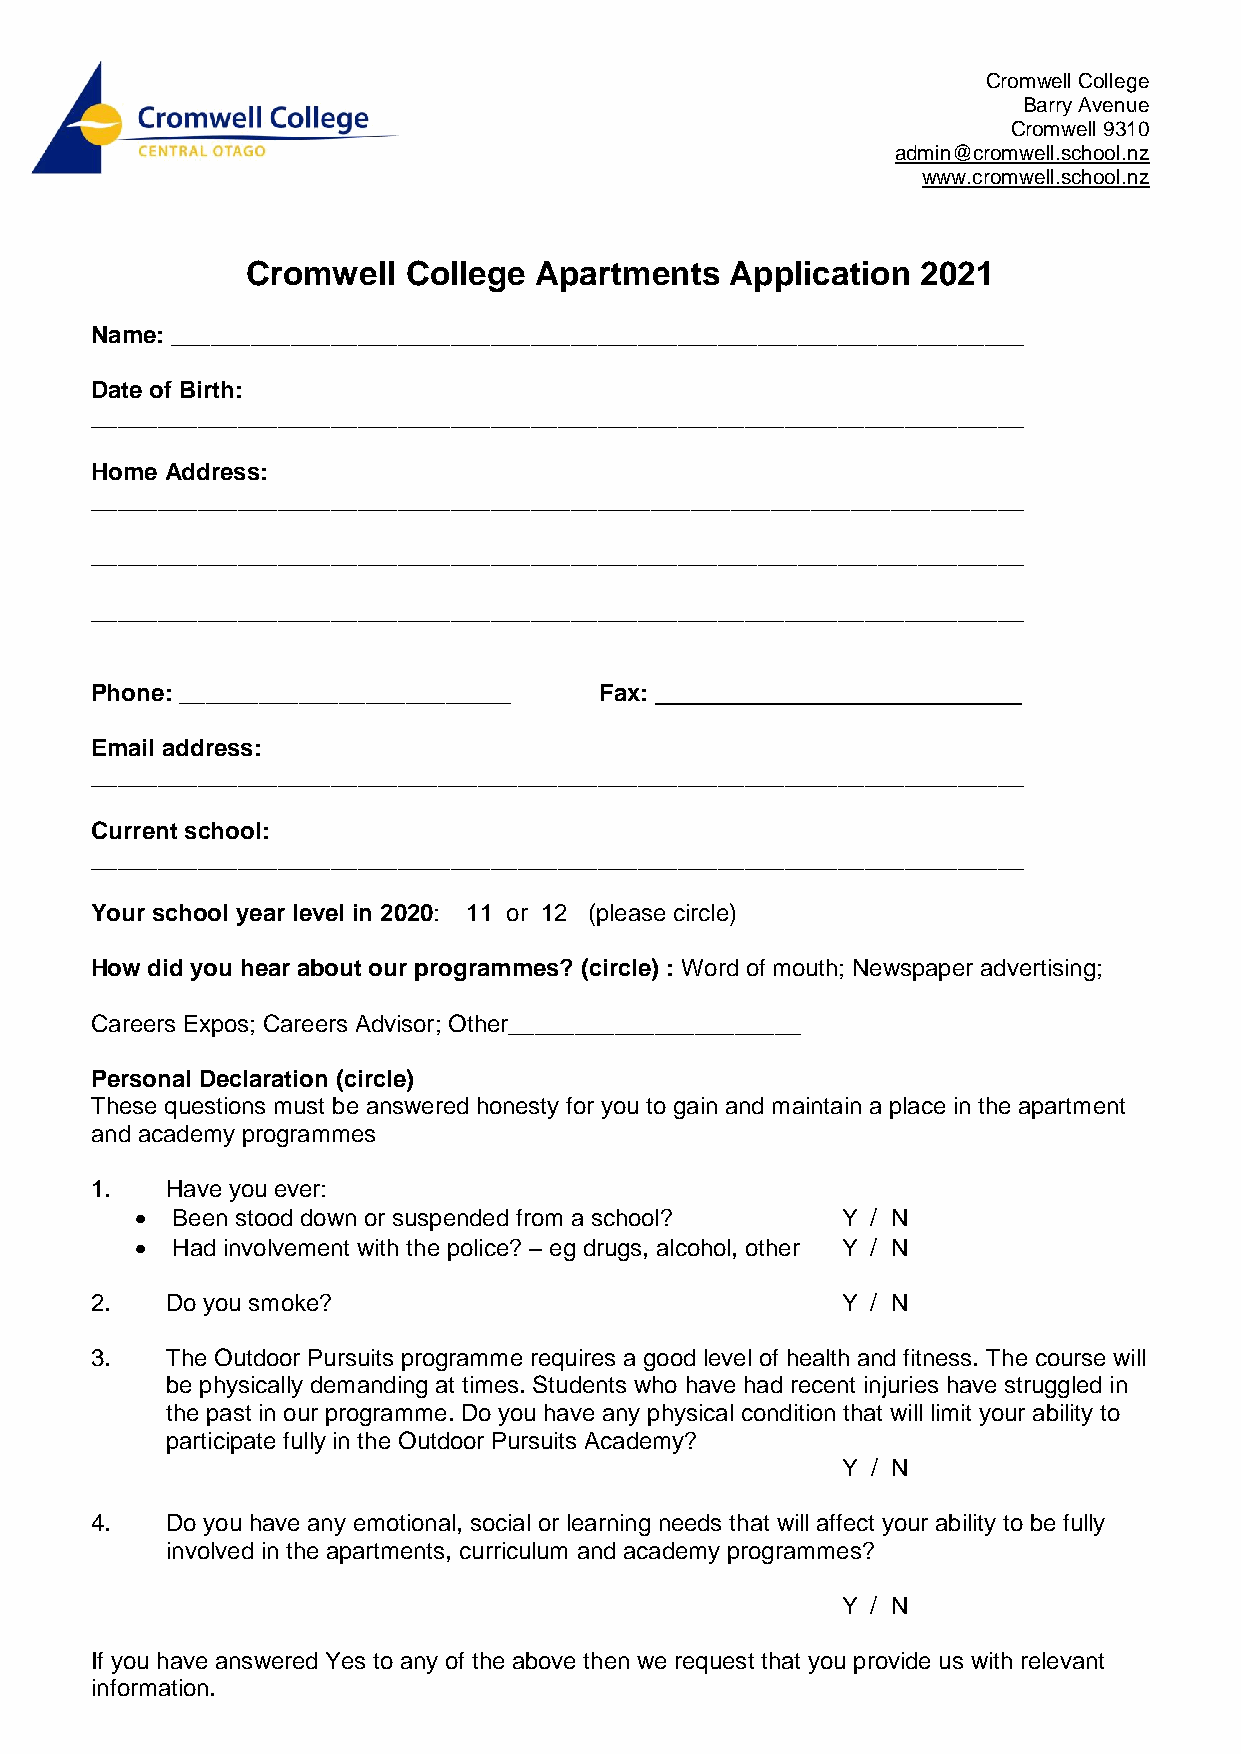
Cromwell College
 Barry Avenue
 Cromwell 9310
 admin@cromwell.school.nz
 www.cromwell.school.nz
 Cromwell   College Apartments   Application  2021
 Name: ________________________________________________________________
 Date of Birth:
 ______________________________________________________________________
 Home Address:
 ______________________________________________________________________
 ______________________________________________________________________
 ______________________________________________________________________
 Phone: _________________________  Fax: ___________ ________________
 Email address:
 ______________________________________________________________________
 Current school:
 ______________________________________________________________________
 Your school year level in 2020: 11 or 12 (please circle)
 How did you hear about our programmes? (circle) : Word of mouth; Newspaper advertising;
 Careers Expos; Careers Advisor; Other______________________
 Personal Declaration (circle)
 These questions must be answered honesty for you to gain and maintain a place in the apartment
 and academy programmes
 1.   Have you ever:
  Been stood down or suspended from a school?  Y / N
  Had involvement with the police? – eg drugs, alcohol, other Y / N
 2.   Do you smoke?                                Y / N
 3.   The Outdoor Pursuits programme requires a good level of health and fitness. The course will
 be physically demanding at times. Students who have had recent injuries have struggled in
 the past in our programme. Do you have any physical condition that will limit your ability to
 participate fully in the Outdoor Pursuits Academy?
 Y / N
 4.   Do you have any emotional, social or learning needs that will affect your ability to be fully
 involved in the apartments, curriculum and academy programmes?
 Y / N
 If you have answered Yes to any of the above then we request that you provide us with relevant
 information.